Vaccination in Burma 1889-1999 - 1889-1999
Year: 1889
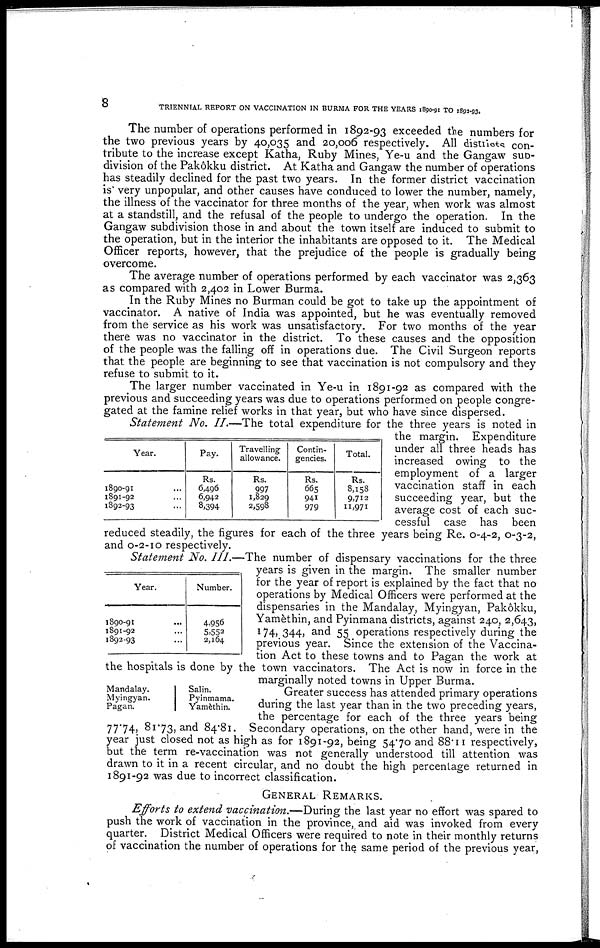
8
TRIENNIAL REPORT ON VACCINATION IN BURMA FOR THE YEARS 1890-91 TO 1892-93.
The number of operations performed in 1892-93 exceeded the numbers for
the two previous years by 40,035 and 20,006 respectively. All districts con-
tribute to the increase except Katha, Ruby Mines, Ye-u and the Gangaw sub¬
division of the Pakôkku district. At Katha and Gangaw the number of operations
has steadily declined for the past two years. In the former district vaccination
is very unpopular, and other causes have conduced to lower the number, namely,
the illness of the vaccinator for three months of the year, when work was almost
at a standstill, and the refusal of the people to undergo the operation. In the
Gangaw subdivision those in and about the town itself are induced to submit to
the operation, but in the interior the inhabitants are opposed to it. The Medical
Officer reports, however, that the prejudice of the people is gradually being
overcome.
The average number of operations performed by each vaccinator was 2,363
as compared with 2,402 in Lower Burma.
In the Ruby Mines no Burman could be got to take up the appointment of
vaccinator. A native of India was appointed, but he was eventually removed
from the service as his work was unsatisfactory. For two months of the year
there was no vaccinator in the district. To these causes and the opposition
of the people was the falling off in operations due. The Civil Surgeon reports
that the people are beginning to see that vaccination is not compulsory and they
refuse to submit to it.
The larger number vaccinated in Ye-u in 1891-92 as compared with the
previous and succeeding years was due to operations performed on people congre-
gated at the famine relief works in that year, but who have since dispersed.
Year.
1890-91
1891-92
1892-93
Pay.
Rs.
6,496
6,942
8,394
Travelling
allowance.
Rs.
997
1,829
2,598
Contin-
gencies.
Rs.
665
941
979
Total.
Rs.
8,158
9,712
11,971
Statement No. II.—The total expenditure for the three years is noted in
the margin. Expenditure
under all three heads has
increased owing to the
employment of a larger
vaccination staff in each
succeeding year, but the
average cost of each suc-
cessful case has been
reduced steadily, the figures for each of the three years being Re. 0-4-2, 0-3-2,
and 0-2-10 respectively.
Year.
1890-91... ...
1891-92... ...
1892-93... ...
Number.
4,956
5,552
2,164
Statement No. III.—The number of dispensary vaccinations for the three
years is given in the margin. The smaller number
for the year of report is explained by the fact that no
operations by Medical Officers were performed at the
dispensaries in the Mandalay, Myingyan, Pakôkku,
Yamèthin, and Pyinmana districts, against 240, 2,643,
174, 344, and 55 operations respectively during the
previous year. Since the extension of the Vaccina-
tion Act to these towns and to Pagan the work at
the hospitals is done by the town vaccinators. The Act is now in force in the
marginally noted towns in Upper Burma.
Mandalay.
Myingyan.
Pagan.
Salin.
Pyinmama.
Yamethin.
Greater success has attended primary operations
during the last year than in the two preceding years,
the percentage for each of the three years being
77.74, 81.73, and 84.81. Secondary operations, on the other hand, were in the
year just closed not as high as for 1891-92, being 54.70 and 88.11 respectively,
but the term re-vaccination was not generally understood till attention was
drawn to it in a recent circular, and no doubt the high percentage returned in
1891-92 was due to incorrect classification.
GENERAL REMARKS.
Efforts to extend vaccination.—During the last year no effort was spared to
push the work of vaccination in the province, and aid was invoked from every
quarter. District Medical Officers were required to note in their monthly returns
of vaccination the number of operations for the same period of the previous year,